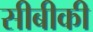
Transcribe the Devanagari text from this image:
सीबीकी